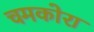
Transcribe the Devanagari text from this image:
चमकोरा